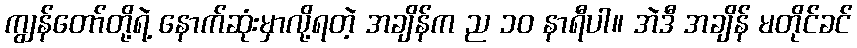
ကျွန်တော်တို့ရဲ့ နောက်ဆုံးမှာလို့ရတဲ့ အချိန်က ည ၁၀ နာရီပါ။ အဲဒီ အချိန် မတိုင်ခင်